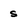
Character: s